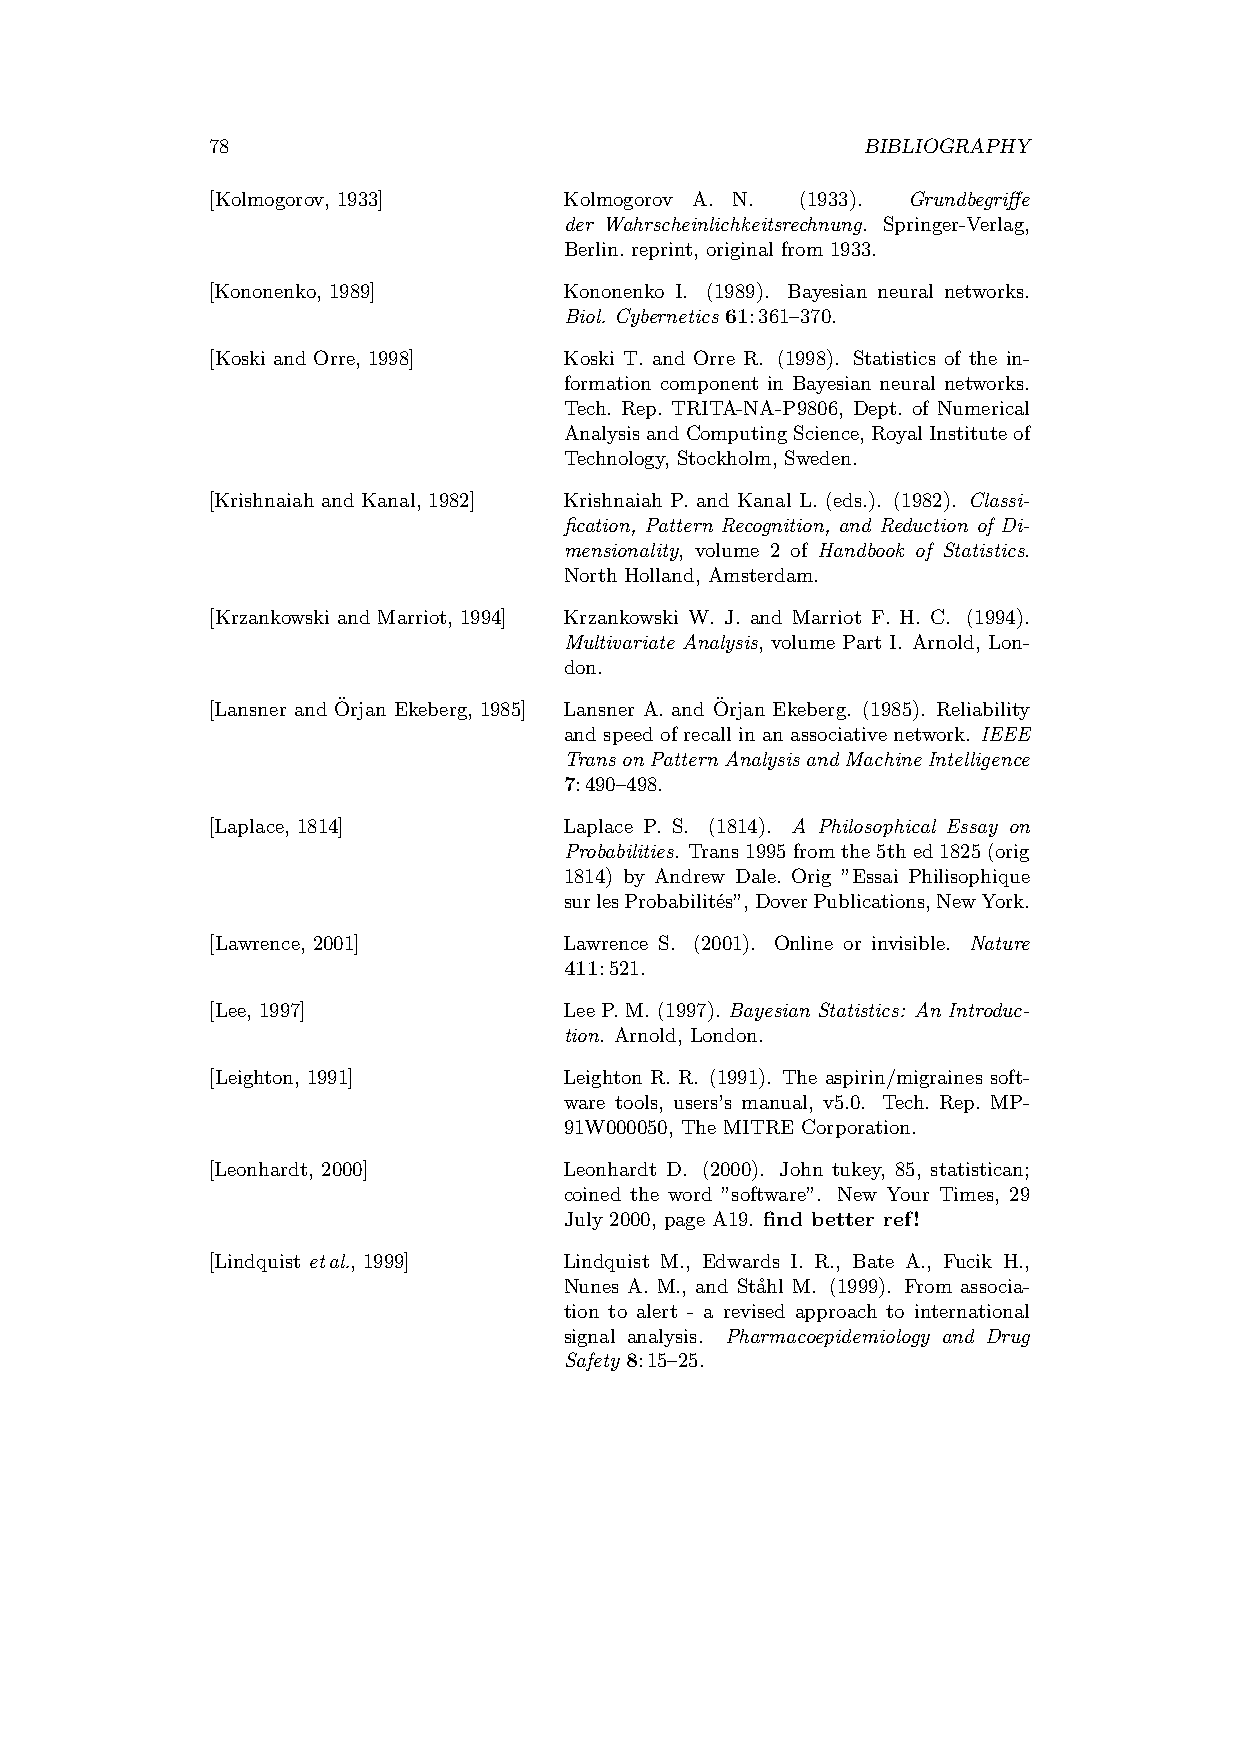
78                                         BIBLIOGRAPHY
 [Kolmogorov, 1933]     Kolmogorov A. N. (1933). Grundbegriffe
 der Wahrscheinlichkeitsrechnung. Springer-Verlag,
 Berlin. reprint, original from 1933.
 [Kononenko, 1989]      Kononenko I. (1989). Bayesian neural networks.
 Biol. Cybernetics 61:361–370.
 [Koski and Orre, 1998] Koski T. and Orre R. (1998). Statistics of the in-
 formation component in Bayesian neural networks.
 Tech. Rep. TRITA-NA-P9806, Dept. of Numerical
 AnalysisandComputing Science, Royal Instituteof
 Technology, Stockholm, Sweden.
 [Krishnaiah and Kanal, 1982] Krishnaiah P. and Kanal L. (eds.). (1982). Classi-
 fication, Pattern Recognition, and Reduction of Di-
 mensionality, volume 2 of Handbook of Statistics.
 North Holland, Amsterdam.
 [Krzankowski and Marriot, 1994] Krzankowski W. J. and Marriot F. H. C. (1994).
 Multivariate Analysis, volume Part I. Arnold, Lon-
 don.
 [Lansner and O¨rjan Ekeberg, 1985] Lansner A. and O¨rjan Ekeberg. (1985). Reliability
 and speed of recall in an associative network. IEEE
 TransonPatternAnalysisandMachineIntelligence
 7:490–498.
 [Laplace, 1814]        Laplace P. S. (1814). A Philosophical Essay on
 Probabilities. Trans1995fromthe5thed1825(orig
 1814) by Andrew Dale. Orig ”Essai Philisophique
 surlesProbabilit´es”,DoverPublications,NewYork.
 [Lawrence, 2001]       Lawrence S. (2001). Online or invisible. Nature
 411:521.
 [Lee, 1997]            LeeP.M. (1997). Bayesian Statistics: An Introduc-
 tion. Arnold, London.
 [Leighton, 1991]       Leighton R. R. (1991). The aspirin/migraines soft-
 ware tools, users’s manual, v5.0. Tech. Rep. MP-
 91W000050, The MITRE Corporation.
 [Leonhardt, 2000]      Leonhardt D. (2000). John tukey, 85, statistican;
 coined the word ”software”. New Your Times, 29
 July 2000, page A19. find better ref!
 [Lindquist etal., 1999] Lindquist M., Edwards I. R., Bate A., Fucik H.,
 Nunes A. M., and St˚ahl M. (1999). From associa-
 tion to alert - a revised approach to international
 signal analysis. Pharmacoepidemiology and Drug
 Safety 8:15–25.